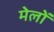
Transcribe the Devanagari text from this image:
मेलोें